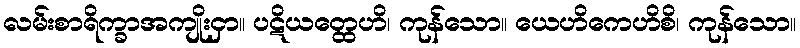
လမ်းစာရိက္ခာအကျိုးငှာ။ ပဋိယတ္ထေဟိ၊ ကုန်သော။ ယေဟိကေဟိစိ၊ ကုန်သော။